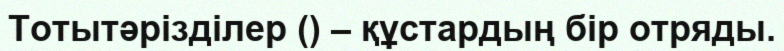
Тотытәрізділер () – құстардың бір отряды.